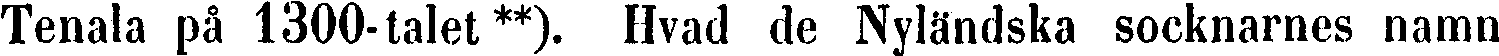
Tenala på 1300-talet **). Hvad de Nyländska socknarnes namn